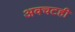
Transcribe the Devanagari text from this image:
अवचटही